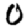
Digit: 0